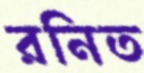
রনিত